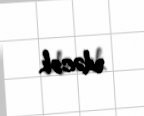
edəcək.